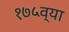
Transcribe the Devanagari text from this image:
१७५व्या